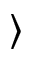
\rangle